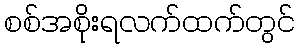
စစ်အစိုးရလက်ထက်တွင်